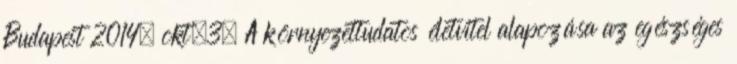
Budapest 2014. okt.3. A környezettudatos életvitel alapozása az egészséges